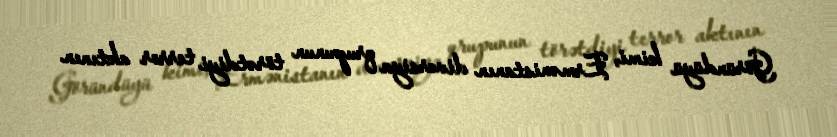
Göründüyü kimi, Ermənistanın diversiya qrupunun törətdiyi terror aktının